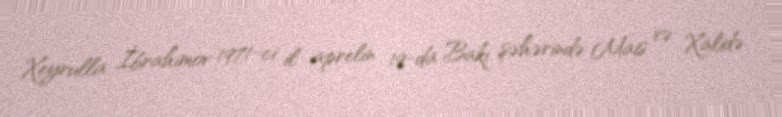
Xeyrulla İbrahimov 1971-ci il aprelin 19-da Bakı şəhərində Mais və Xalidə